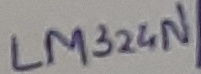
Text: LM324N